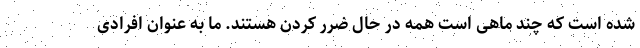
شده است که چند ماهی است همه در حال ضرر کردن هستند. ما به عنوان افرادی